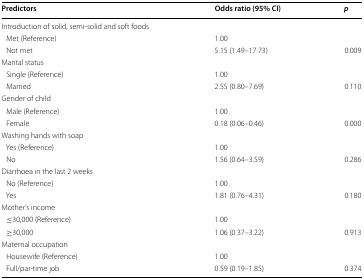
<table><thead><tr><td><b>Predictors</b></td><td><b>Odds ratio (95% CI)</b></td><td><b><i>p</i></b></td></tr></thead><tbody><tr><td colspan="3">Introduction of solid, semi-solid and soft foods</td></tr><tr><td> Met (Reference)</td><td>1.00</td><td></td></tr><tr><td> Not met</td><td>5.15 (1.49–17.73)</td><td>0.009</td></tr><tr><td colspan="3">Marital status</td></tr><tr><td> Single (Reference)</td><td>1.00</td><td></td></tr><tr><td> Married</td><td>2.55 (0.80–7.69)</td><td>0.110</td></tr><tr><td colspan="3">Gender of child</td></tr><tr><td> Male (Reference)</td><td>1.00</td><td></td></tr><tr><td> Female</td><td>0.18 (0.06–0.46)</td><td>0.000</td></tr><tr><td colspan="3">Washing hands with soap</td></tr><tr><td> Yes (Reference)</td><td>1.00</td><td></td></tr><tr><td> No</td><td>1.56 (0.64–3.59)</td><td>0.286</td></tr><tr><td colspan="3">Diarrhoea in the last 2 weeks</td></tr><tr><td> No (Reference)</td><td>1.00</td><td></td></tr><tr><td> Yes</td><td>1.81 (0.76–4.31)</td><td>0.180</td></tr><tr><td colspan="3">Mother’s income</td></tr><tr><td> ≤30,000 (Reference)</td><td>1.00</td><td></td></tr><tr><td> ≥30,000</td><td>1.06 (0.37–3.22)</td><td>0.913</td></tr><tr><td colspan="3">Maternal occupation</td></tr><tr><td> Housewife (Reference)</td><td>1.00</td><td></td></tr><tr><td> Full/par-time job</td><td>0.59 (0.19–1.85)</td><td>0.374</td></tr></tbody></table>